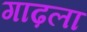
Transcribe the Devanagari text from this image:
गाढ़ला